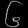
Digit: ၆